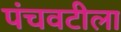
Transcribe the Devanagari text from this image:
पंचवटीला